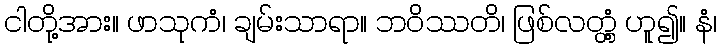
ငါတို့အား။ ဖာသုကံ၊ ချမ်းသာရာ။ ဘဝိဿတိ၊ ဖြစ်လတ္တံ့ ဟူ၍။ နံ၊